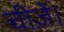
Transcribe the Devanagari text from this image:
चीज़ें।